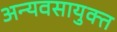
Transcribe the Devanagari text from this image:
अन्यवसायुक्त